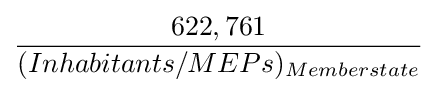
{622,761 \over (Inhabitants/MEPs)_{Memberstate}}